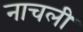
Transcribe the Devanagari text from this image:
नाचली